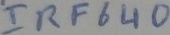
Text: IRF640